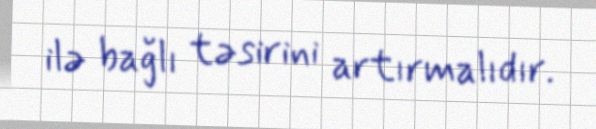
ilə bağlı təsirini artırmalıdır.